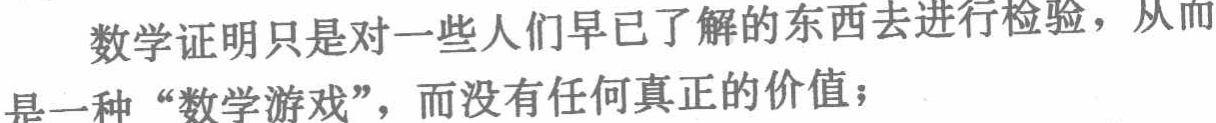
数学证明只是对一些人们早已了解的东西去进行检验，从而是一种“数学游戏”，而没有任何真正的价值；